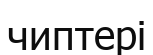
чиптері